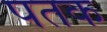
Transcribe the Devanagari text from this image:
पतक